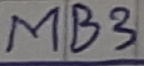
Text: MB3